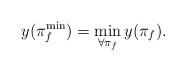
LaTeX: \begin{align*} y_{}(\pi_f^{\min})=\min_{\forall \pi_f} y_{}(\pi_f).\end{align*}